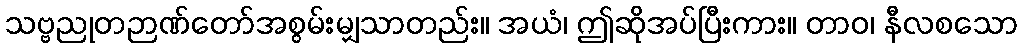
သဗ္ဗညုတဉာဏ်တော်အစွမ်းမျှသာတည်း။ အယံ၊ ဤဆိုအပ်ပြီးကား။ တာဝ၊ နီလစသော